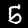
Label: 5